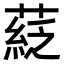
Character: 𦹴